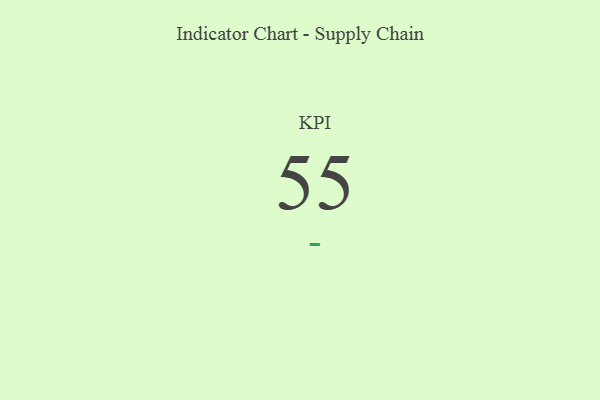
{"axis": {"x": "KPI", "y": "Value"}, "legend": [""], "data": [{"x": "KPI", "y": 55, "type": ""}]}